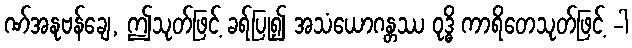
ဏ်အနုဗန်ချေ, ဤသုတ်ဖြင့် ခရ်ပြု၍ အသံယောဂန္တဿ ဝုဒ္ဓိ ကာရိတေသုတ်ဖြင့် -ါ